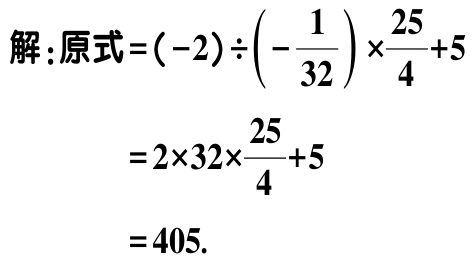
解：原式\(=(-2)\div\left(-\dfrac{1}{32}\right)\times\dfrac{25}{4}+5\)

\(=2\times32\times\dfrac{25}{4}+5\)

\(=405\).